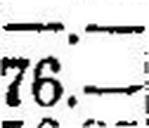
76.—